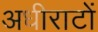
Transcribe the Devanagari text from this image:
अधीराटों